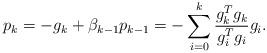
LaTeX: \begin{align*}p_k=-g_k+\beta_{k-1}p_{k-1}=-\sum_{i=0}^k\frac{g_k^Tg_k}{g_i^Tg_i}g_i.\end{align*}